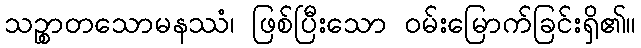
သဉ္စာတသောမနဿံ၊ ဖြစ်ပြီးသော ဝမ်းမြောက်ခြင်းရှိ၏။